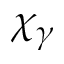
\chi _ { \gamma }